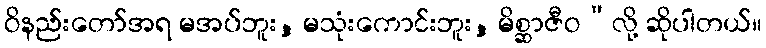
ဝိနည်းတော်အရ မအပ်ဘူး, မသုံးကောင်းဘူး, မိစ္ဆာဇီဝ”လို့ ဆိုပါတယ်။